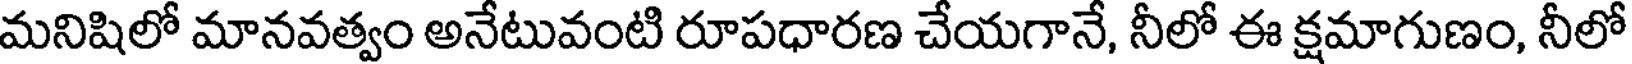
మనిషిలో మానవత్వం అనేటువంటి రూపధారణ చేయగానే, నీలో ఈ క్షమాగుణం, నీలో